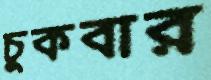
চুকবার